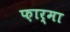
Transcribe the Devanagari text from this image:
फ़ार्मा